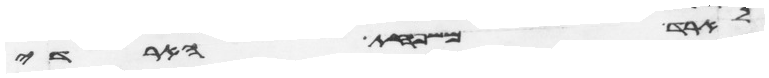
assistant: לארד משפחת הארדי